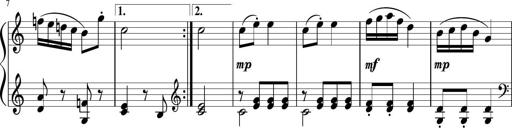
Title: 6 Progressive Sonatinas
Composer: Johann Anton AndrÃ©